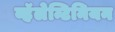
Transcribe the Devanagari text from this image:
व्हॅलेन्टिनियन